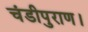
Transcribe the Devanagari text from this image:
चंडीपुराण।